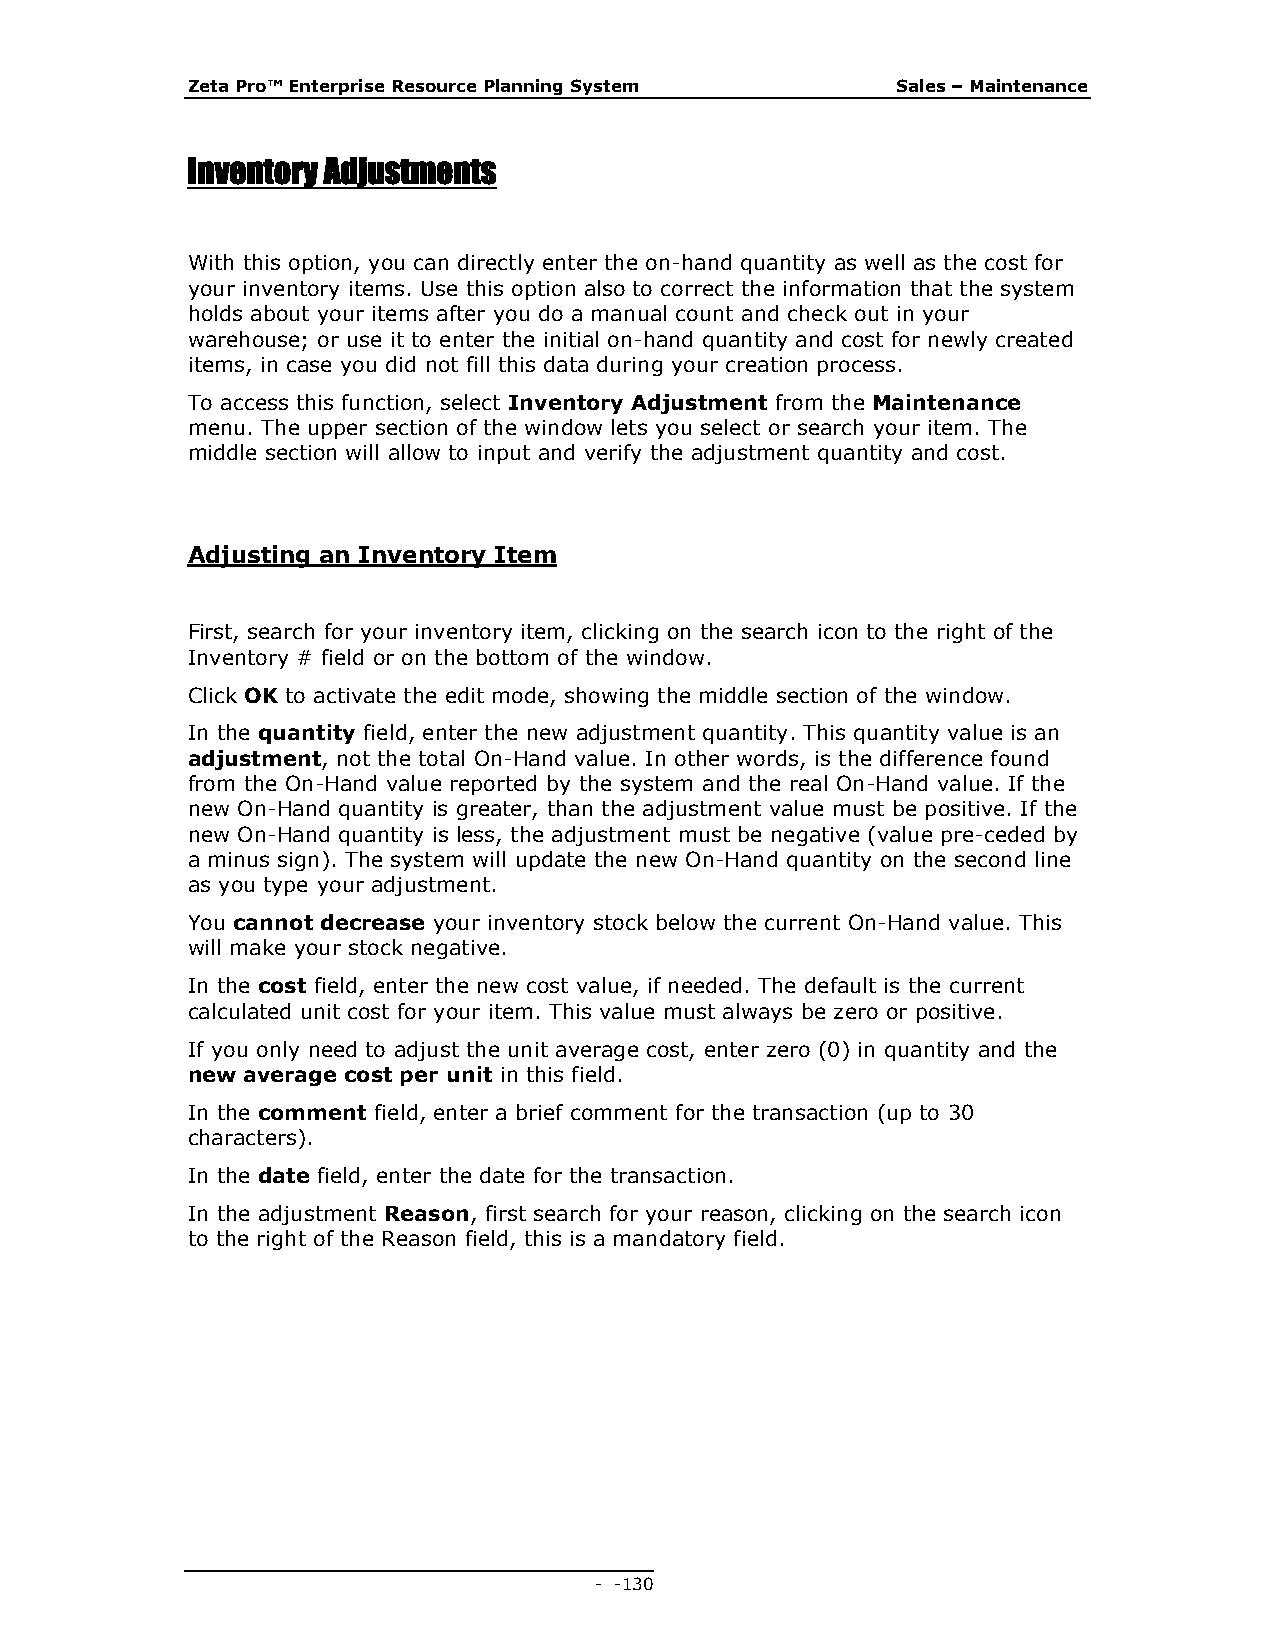
Zeta Pro™ Enterprise Resource Planning System  Sales – Maintenance
 Inventory Adjustments
 With this option, you can directly enter the on-hand quantity as well as the cost for
 your inventory items. Use this option also to correct the information that the system
 holds about your items after you do a manual count and check out in your
 warehouse; or use it to enter the initial on-hand quantity and cost for newly created
 items, in case you did not fill this data during your creation process.
 To access this function, select Inventory Adjustment from the Maintenance
 menu. The upper section of the window lets you select or search your item. The
 middle section will allow to input and verify the adjustment quantity and cost.
 Adjusting an Inventory Item
 First, search for your inventory item, clicking on the search icon to the right of the
 Inventory # field or on the bottom of the window.
 Click OK to activate the edit mode, showing the middle section of the window.
 In the quantity field, enter the new adjustment quantity. This quantity value is an
 adjustment, not the total On-Hand value. In other words, is the difference found
 from the On-Hand value reported by the system and the real On-Hand value. If the
 new On-Hand quantity is greater, than the adjustment value must be positive. If the
 new On-Hand quantity is less, the adjustment must be negative (value pre-ceded by
 a minus sign). The system will update the new On-Hand quantity on the second line
 as you type your adjustment.
 You cannot decrease your inventory stock below the current On-Hand value. This
 will make your stock negative.
 In the cost field, enter the new cost value, if needed. The default is the current
 calculated unit cost for your item. This value must always be zero or positive.
 If you only need to adjust the unit average cost, enter zero (0) in quantity and the
 new average cost per unit in this field.
 In the comment field, enter a brief comment for the transaction (up to 30
 characters).
 In the date field, enter the date for the transaction.
 In the adjustment Reason, first search for your reason, clicking on the search icon
 to the right of the Reason field, this is a mandatory field.
 - - 130